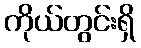
ကိုယ်တွင်းရှိ